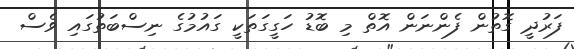
ފަރުދީ ގޮތުން ފެންނަން އޮތް މި ބޮޑު ހަގީގަތަކީ ގައުމުގެ ނިސްބަތުގައި ވެސް